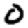
Digit: 0